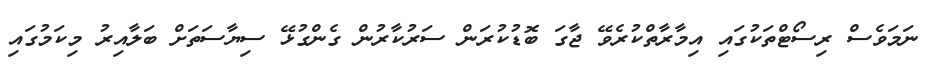
ނަމަވެސް ރިސޯޓްތަކުގައި އިމާރާތްކުރެވޭ ޖާގަ ބޮޑުކުރަން ސަރުކާރުން ގެންގުޅޭ ސިޔާސަތަށް ބަލާއިރު މިކަމުގައި